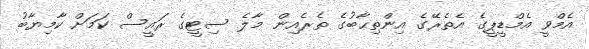
އެމްވީ އެމްޑީޕީގެ އެތެރޭގެ އިންތިޙާބުގެ ތެރެއިން މާލެ ސިޓީގެ ރައީސް ކަމަށް ކާމިޔާބު